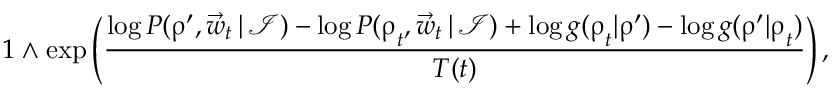
1 \wedge \exp \left( \frac { \log P ( \boldsymbol \uprho ^ { \prime } , \vec { w } _ { t } \, | \, \mathcal I ) - \log P ( \boldsymbol \uprho _ { t } , \vec { w } _ { t } \, | \, \mathcal I ) + \log g ( \boldsymbol \uprho _ { t } | \boldsymbol \uprho ^ { \prime } ) - \log g ( \boldsymbol \uprho ^ { \prime } | \boldsymbol \uprho _ { t } ) } { T ( t ) } \right) ,